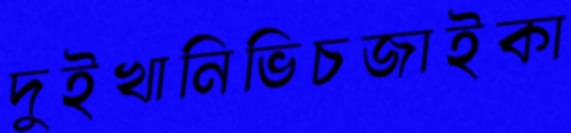
দুইখানিভিচজাইকা